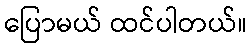
ပြောမယ် ထင်ပါတယ်။